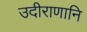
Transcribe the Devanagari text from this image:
उदीराणानि